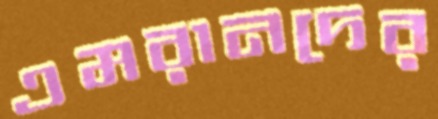
এমরানদের